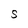
Character: S